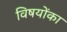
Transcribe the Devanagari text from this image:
विषयोंका